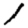
Digit: 1